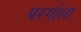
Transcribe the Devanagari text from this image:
परगोला